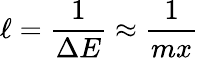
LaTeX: \ell=\frac{1}{\Delta E}\approx\frac{1}{mx}